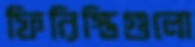
ফিরিস্তিগুলো